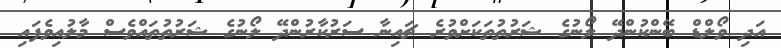
އަދި ވޯލްޑް ބޭންކުންދޭ ލޯނުގެ ޝަރުތުތަކަށްވުރެ ޗައިނާ ސަރުކާރުންދޭ ލޯނުގެ ޝަރުތުތައްވެސް މާލުއިވެފައި